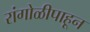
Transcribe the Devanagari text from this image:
रांगोळीपाहून